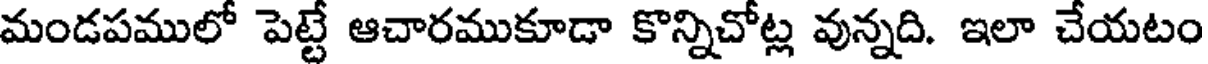
మండపములో పెట్టే ఆచారముకూడా కొన్నిచోట్ల వున్నది. ఇలా చేయటం